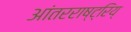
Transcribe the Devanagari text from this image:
आंतरराष्ट्रिय्